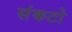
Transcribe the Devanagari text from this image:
संकटो